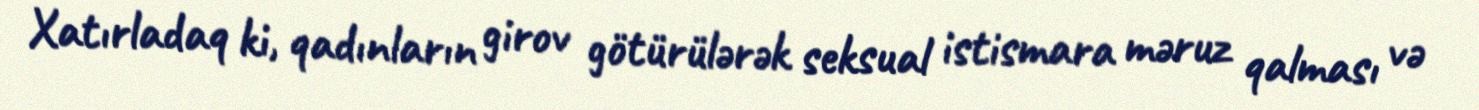
Xatırladaq ki, qadınların girov götürülərək seksual istismara məruz qalması və